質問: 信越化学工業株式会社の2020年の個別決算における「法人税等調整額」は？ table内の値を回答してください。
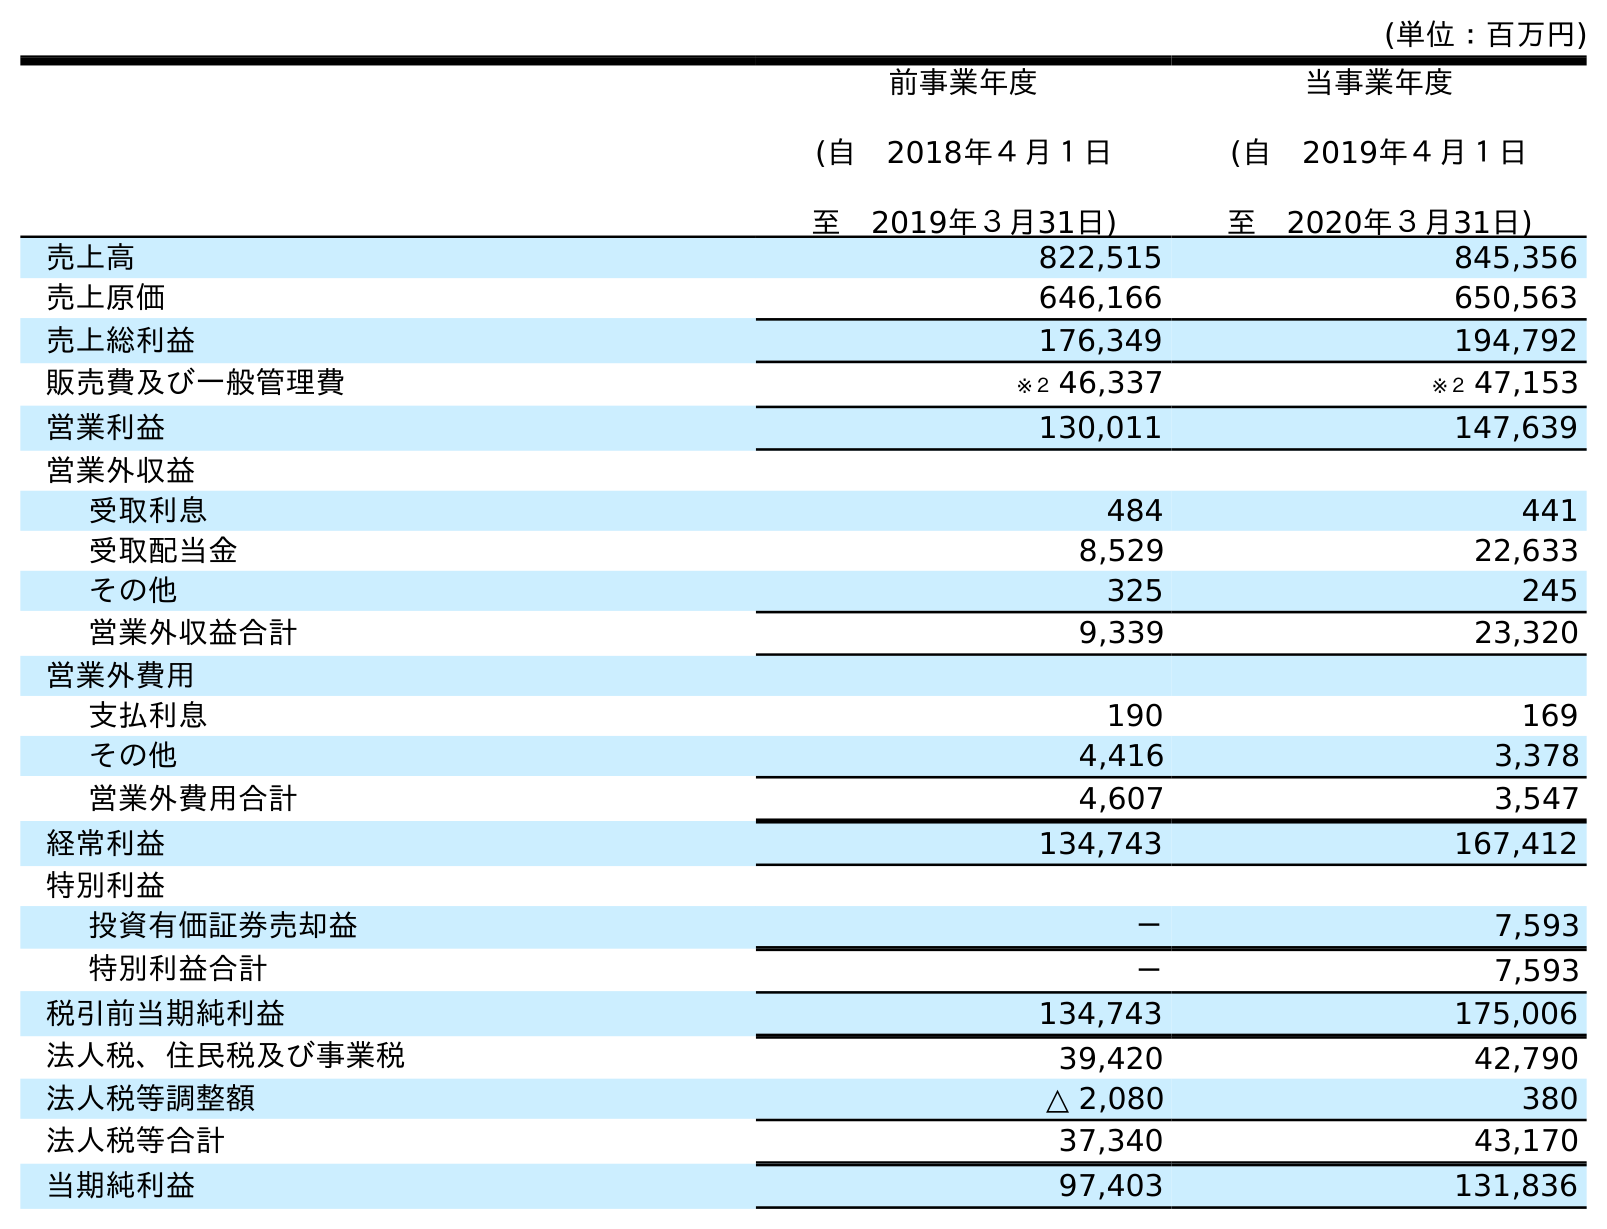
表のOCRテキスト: (単位：百万円) 前事業年度 (自 2018年４月１日 至 2019年３月31日) 当事業年度 (自 2019年４月１日 至 2020年３月31日) 売上高 822,515 845,356 売上原価 646,166 650,563 売上総利益 176,349 194,792 販売費及び一般管理費 ※２ 46,337 ※２ 47,153 営業利益 130,011 147,639 営業外収益 受取利息 484 441 受取配当金 8,529 22,633 その他 325 245 営業外収益合計 9,339 23,320 営業外費用 支払利息 190 169 その他 4,416 3,378 営業外費用合計 4,607 3,547 経常利益 134,743 167,412 特別利益 投資有価証券売却益 － 7,593 特別利益合計 － 7,593 税引前当期純利益 134,743 175,006 法人税、住民税及び事業税 39,420 42,790 法人税等調整額 △ 2,080 380 法人税等合計 37,340 43,170 当期純利益 97,403 131,836
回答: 380